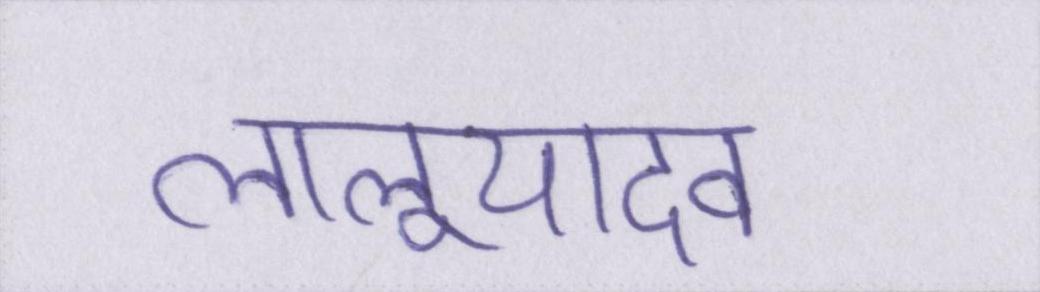
लालूयादव